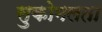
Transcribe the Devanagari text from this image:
सुकोमलता